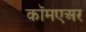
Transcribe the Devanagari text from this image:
कॉमएअर